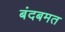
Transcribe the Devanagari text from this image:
बंदबमत